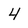
Character: 4